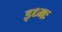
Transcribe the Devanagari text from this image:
इध्मः